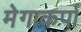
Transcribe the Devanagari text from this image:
मेगाकर्पा